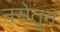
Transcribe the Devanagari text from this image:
नसेतून